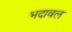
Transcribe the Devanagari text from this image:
भदावल